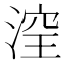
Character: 㴏